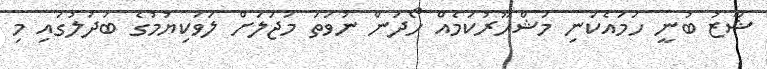
ޝާޒު ބުނީ ހަމައެކަނި މަޝްހޫރުކަމެއް ހޯދަން ނުވަތަ މަޖަލަށް ލަވަކިޔުމުގެ ބަދަލުގައި މި